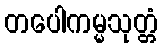
တပေါကမ္မသုတ္တံ